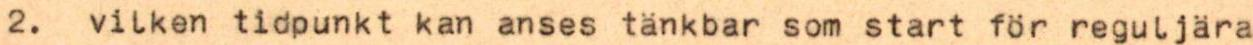
2. vilken tidpunkt kan anses tänkbar som start för reguljära